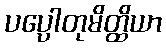
ပပ္ပေါတုမိတ္ထိယာ